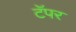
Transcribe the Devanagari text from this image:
टॅपर